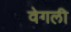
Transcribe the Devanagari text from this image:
वेगली